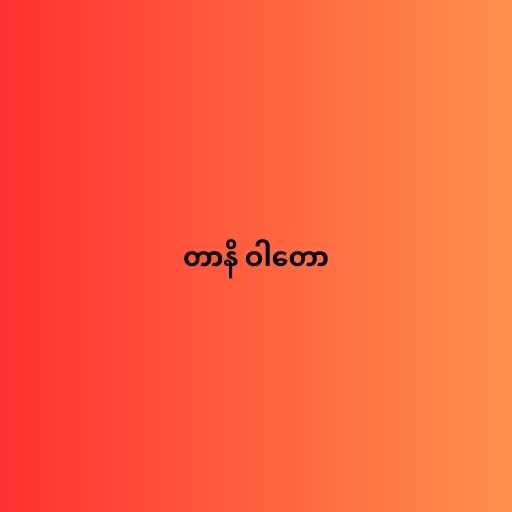
တာနိ ဝါတော